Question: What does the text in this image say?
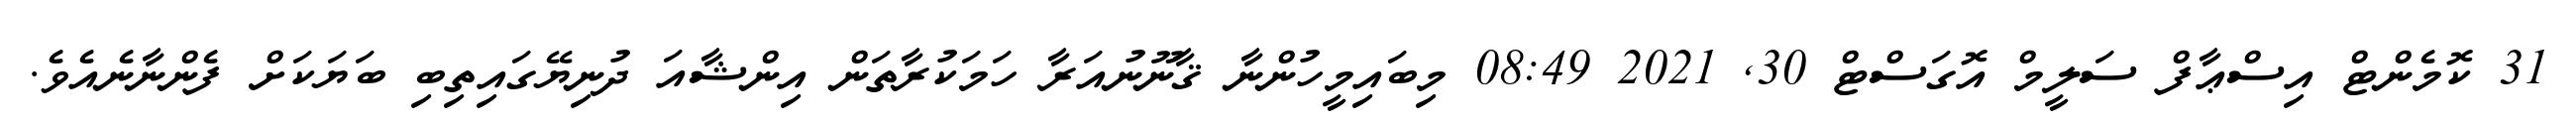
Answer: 31 ކޮމެންޓް އިސްޢާފް ސަލީމް އޮގަސްޓް 30, 2021 08:49 މިބައިމީހުންނާ ޤާނޫނުއަރާ ހަމަކުރާތަން އިންޝާއަ ދުނިޔޭގައިތިބި ބަޔަކަށް ފެންނާނެއެވެ.